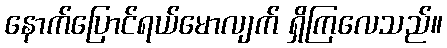
နောက်ပြောင်ရယ်မောလျက် ရှိကြလေသည်။